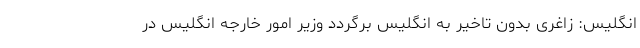
انگلیس: زاغری بدون تاخیر به انگلیس برگردد وزیر امور خارجه انگلیس در